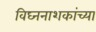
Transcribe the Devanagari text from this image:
विघ्ननाशकांच्या